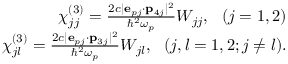
\begin{array} { r l r } & { } & { \chi _ { j j } ^ { ( 3 ) } = \frac { 2 c | { \bf e } _ { p j } \cdot \mathbf { p } _ { 4 j } | ^ { 2 } } { \hbar ^ { 2 } \omega _ { p } } W _ { j j } , \, \, \, \, ( j = 1 , 2 ) } \\ & { } & { \chi _ { j l } ^ { ( 3 ) } = \frac { 2 c | { \bf e } _ { p j } \cdot \mathbf { p } _ { 3 j } | ^ { 2 } } { \hbar ^ { 2 } \omega _ { p } } W _ { j l } , \, \, \, \, ( j , l = 1 , 2 ; j \neq l ) . } \end{array}